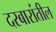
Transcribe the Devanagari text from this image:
दरबारांतील